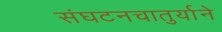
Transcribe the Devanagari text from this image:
संघटनचातुर्याने